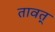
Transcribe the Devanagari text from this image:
तावत्